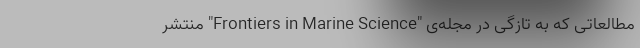
مطالعاتی که به تازگی در مجله‌ی "Frontiers in Marine Science" منتشر